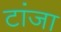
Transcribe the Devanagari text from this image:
टांजा